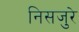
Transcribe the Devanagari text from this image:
निसजुरे